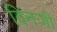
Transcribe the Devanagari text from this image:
विनजी